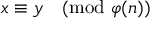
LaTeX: x \equiv y { \pmod { \varphi ( n ) } }